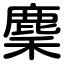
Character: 麇